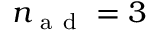
n _ { \mathrm { ~ a ~ d ~ } } = 3